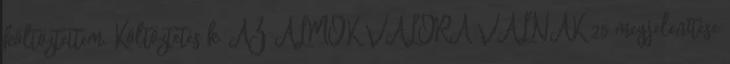
költöztettem. Költöztetés k. AZ ÁLMOK VALÓRA VÁLNAK 25 megjelenítése